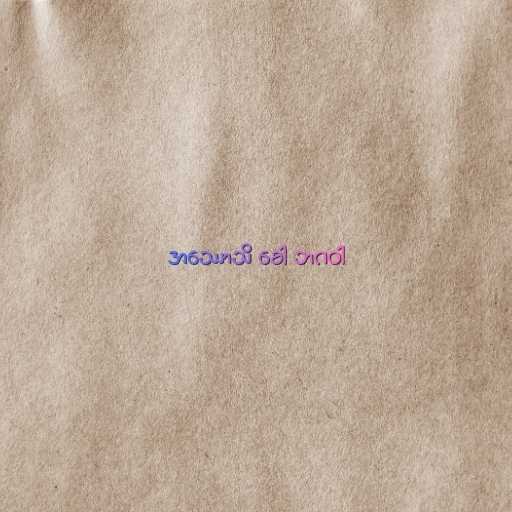
အဿောသိ ခေါ ဘဂဝါ